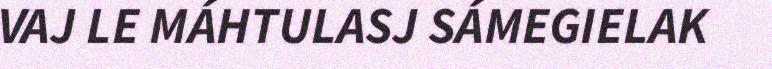
VAJ LE MÁHTULASJ SÁMEGIELAK